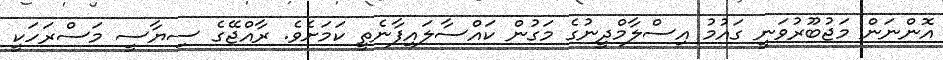
އޮންނަން މަޖުބޫރުވަނީ ގައުމު އިސްލާމްދީނުގެ މަގުން ކައްސާލައިފާނެތީ ކަމަށެވެ. ރާއްޖޭގެ ސިޔާސީ މަސްރަހަކީ